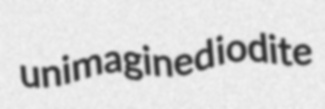
unimagined iodite